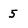
Character: 5